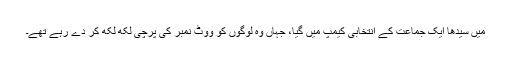
مَیں سیدھا ایک جماعت کے انتخابی کیمپ میں گیا، جہاں وہ لوگوں کو ووٹ نمبر کی پرچی لکھ لکھ کر دے رہے تھے۔